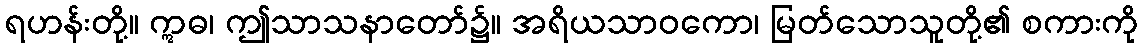
ရဟန်းတို့။ ဣဓ၊ ဤသာသနာတော်၌။ အရိယသာဝကော၊ မြတ်သောသူတို့၏ စကားကို